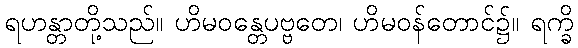
ရဟန္တာတို့သည်။ ဟိမဝန္တေပဗ္ဗတေ၊ ဟိမဝန်တောင်၌။ ရက္ခိ